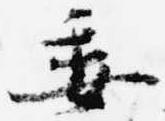
委